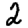
Digit: 2